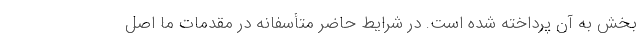
بخش به آن پرداخته شده است. در شرایط حاضر متأسفانه در مقدمات ما اصل